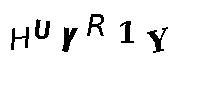
HUYR1Y